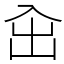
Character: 㒴